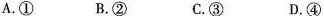
A.① B.② C.③ D.④